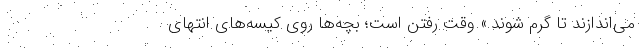
می‌اندازند تا گرم شوند.» وقت رفتن است؛ بچه‌ها روی کیسه‌های انتهای